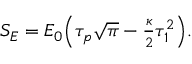
\begin{array} { r } { S _ { E } = E _ { 0 } \Big ( \tau _ { p } \sqrt { \pi } - \frac { \kappa } { 2 } \tau _ { 1 } ^ { 2 } \Big ) . } \end{array}